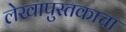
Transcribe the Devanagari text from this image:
लेखापुस्तकाचा